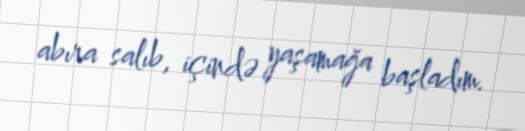
abıra salıb, içində yaşamağa başladım.